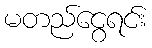
မတည်ငွေရင်း